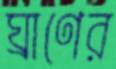
ঘ্রাণের